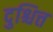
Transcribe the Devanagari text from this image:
दुश्चित्त